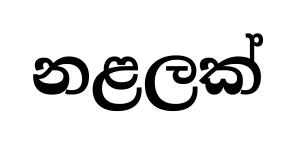
නළලක්